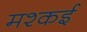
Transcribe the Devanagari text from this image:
मश्कई